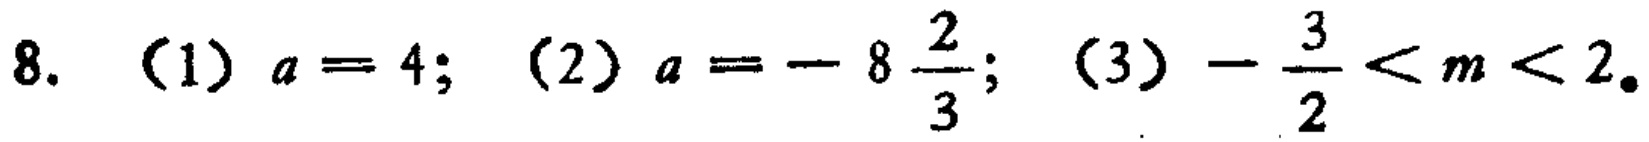
8. （1）\(a = 4\); （2）\(a=-8\frac{2}{3}\); （3）\(-\frac{3}{2}<m<2\).